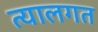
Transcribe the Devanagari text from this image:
त्यालगत